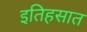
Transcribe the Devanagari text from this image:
इतिहसात